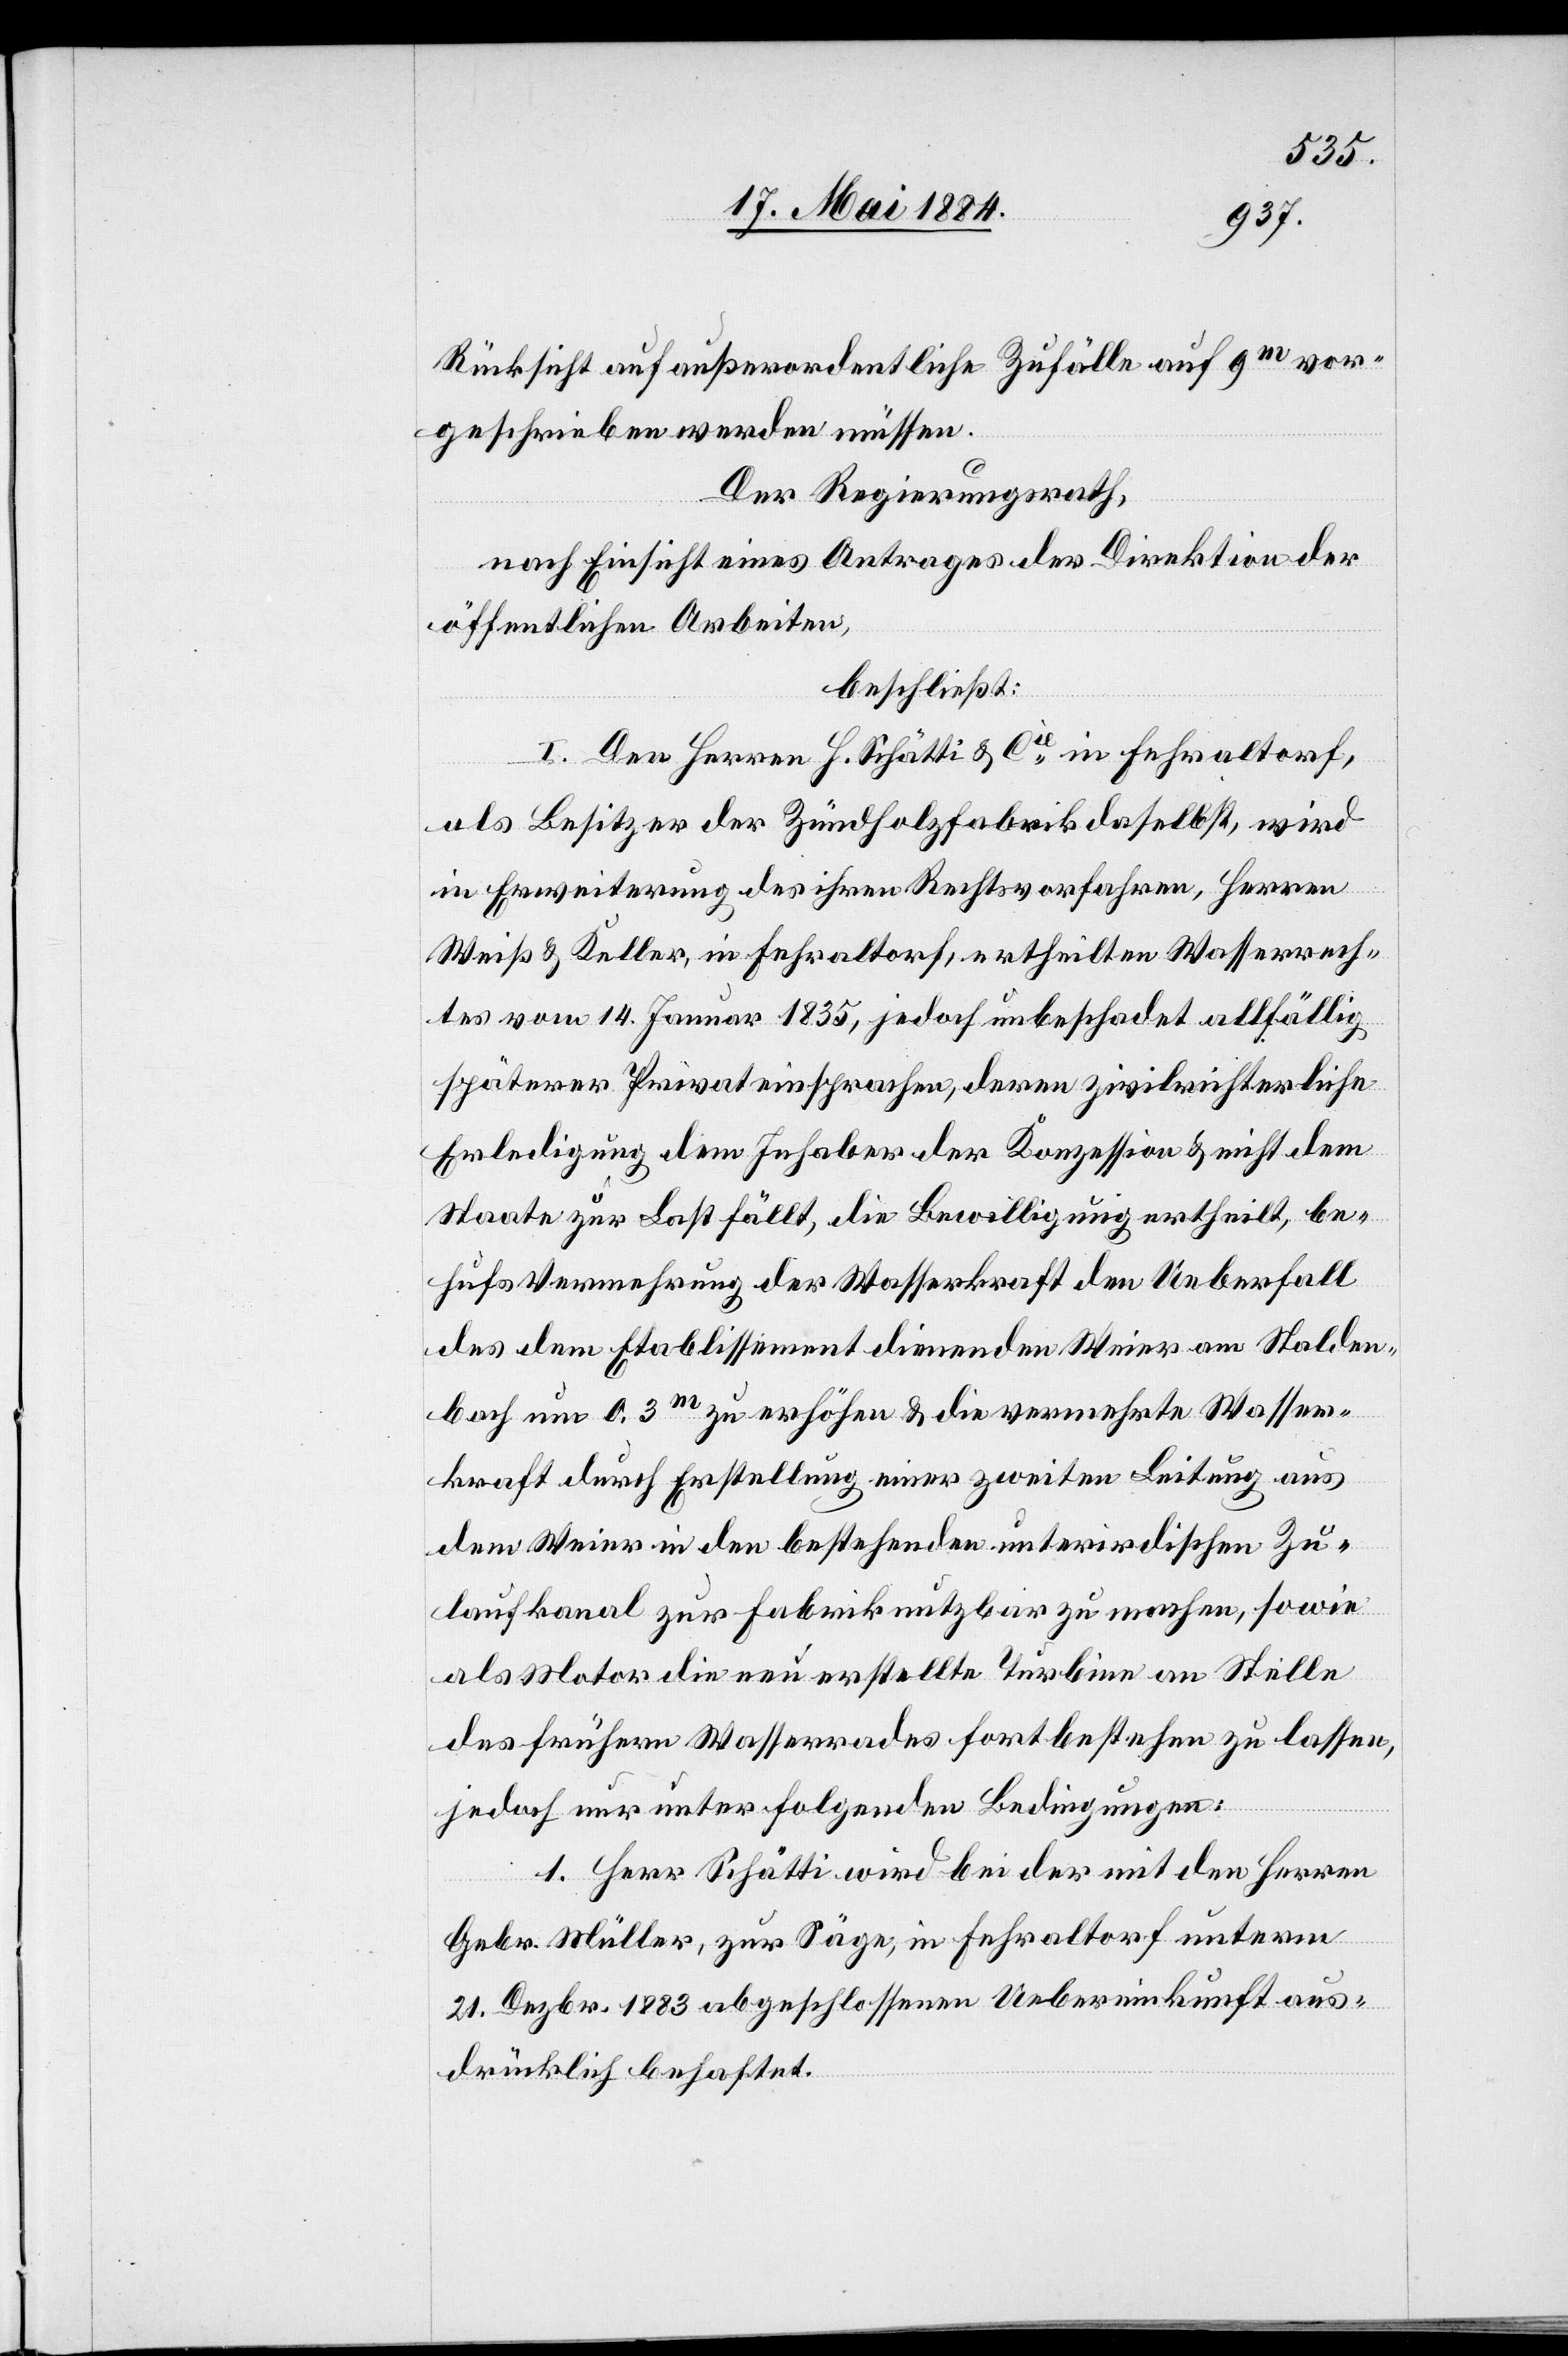
Rücksicht auf außerordentliche Zufälle auf 9m vor¬
geschrieben werden müssen.
Der Regierungsrath,
nach Einsicht eines Antrages der Direktion der
öffentlichen Arbeiten,
beschließt:
I. Den Herren H. Schätti & Cie in Fehraltorf,
als Besitzer der Zündholzfabrik daselbst, wird
in Erweiterung des ihren Rechtsvorfahren, Herren
Weiß & Keller, in Fehraltorf, ertheilten Wasserrech¬
tes vom 14. Januar 1835, jedoch unbeschadet allfällig
späterer Privateinsprachen, deren zivilrichterliche
Erledigung dem Inhaber der Konzession & nicht dem
Staate zur Last fällt, die Bewilligung ertheilt, be¬
hufs Vermehrung der Wasserkraft den Ueberfall
des dem Etablissement dienenden Weier am Stalden¬
bach um 0.3m zu erhöhen & die vermehrte Wasser¬
kraft durch Erstellung einer zweiten Leitung aus
dem Weier in den bestehenden unterirdischen Zu¬
laufkanal zur Fabrik nutzbar zu machen, sowie
als Motor die neu erstellte Turbine an Stelle
des frühern Wasserrades fortbestehen zu lassen,
jedoch nur unter folgenden Bedingungen:
1. Herr Schätti wird bei der mit den Herren
Gebr. Müller, zur Säge, in Fehraltorf unterm
21. Dezbr. 1883 abgeschlossenen Uebereinkunft aus¬
drücklich behaftet.